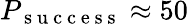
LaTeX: P_{\mathrm{~s~u~c~c~e~s~s~}}\approx 50\